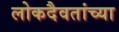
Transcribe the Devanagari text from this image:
लोकदैवतांच्या